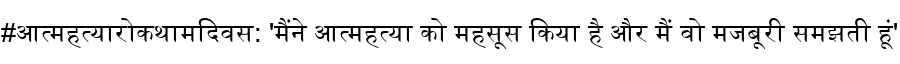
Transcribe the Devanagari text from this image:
#आत्महत्यारोकथामदिवस: 'मैंने आत्महत्या को महसूस किया है और मैं वो मजबूरी समझती हूं'